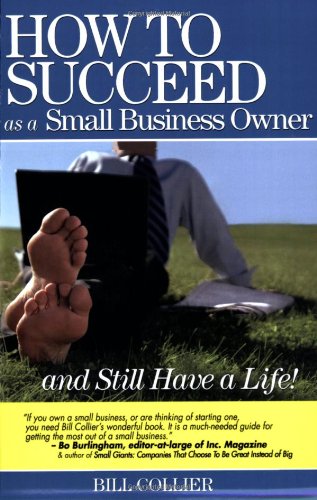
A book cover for How to Succeed as a Small Business Owner ... and Still Have a Life; Bill Collier; Business & Money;